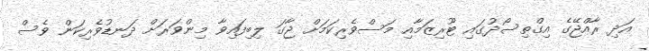
އަދި ރާއްޖޭގެ އިގްތިސޯދުގައި ޓޫރިޒަމާއި މަސްވެރިކަމަށް ޖާގަ ލިބިފައިވާ މިންވަރަށް ދަނޑުވެރިކަން ވެސް